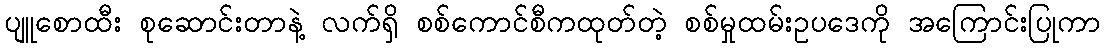
ပျူစောထီး စုဆောင်းတာနဲ့ လက်ရှိ စစ်ကောင်စီကထုတ်တဲ့ စစ်မှုထမ်းဥပဒေကို အကြောင်းပြုကာ